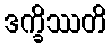
ဒက္ခိဿတိ